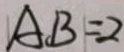
A B = 2